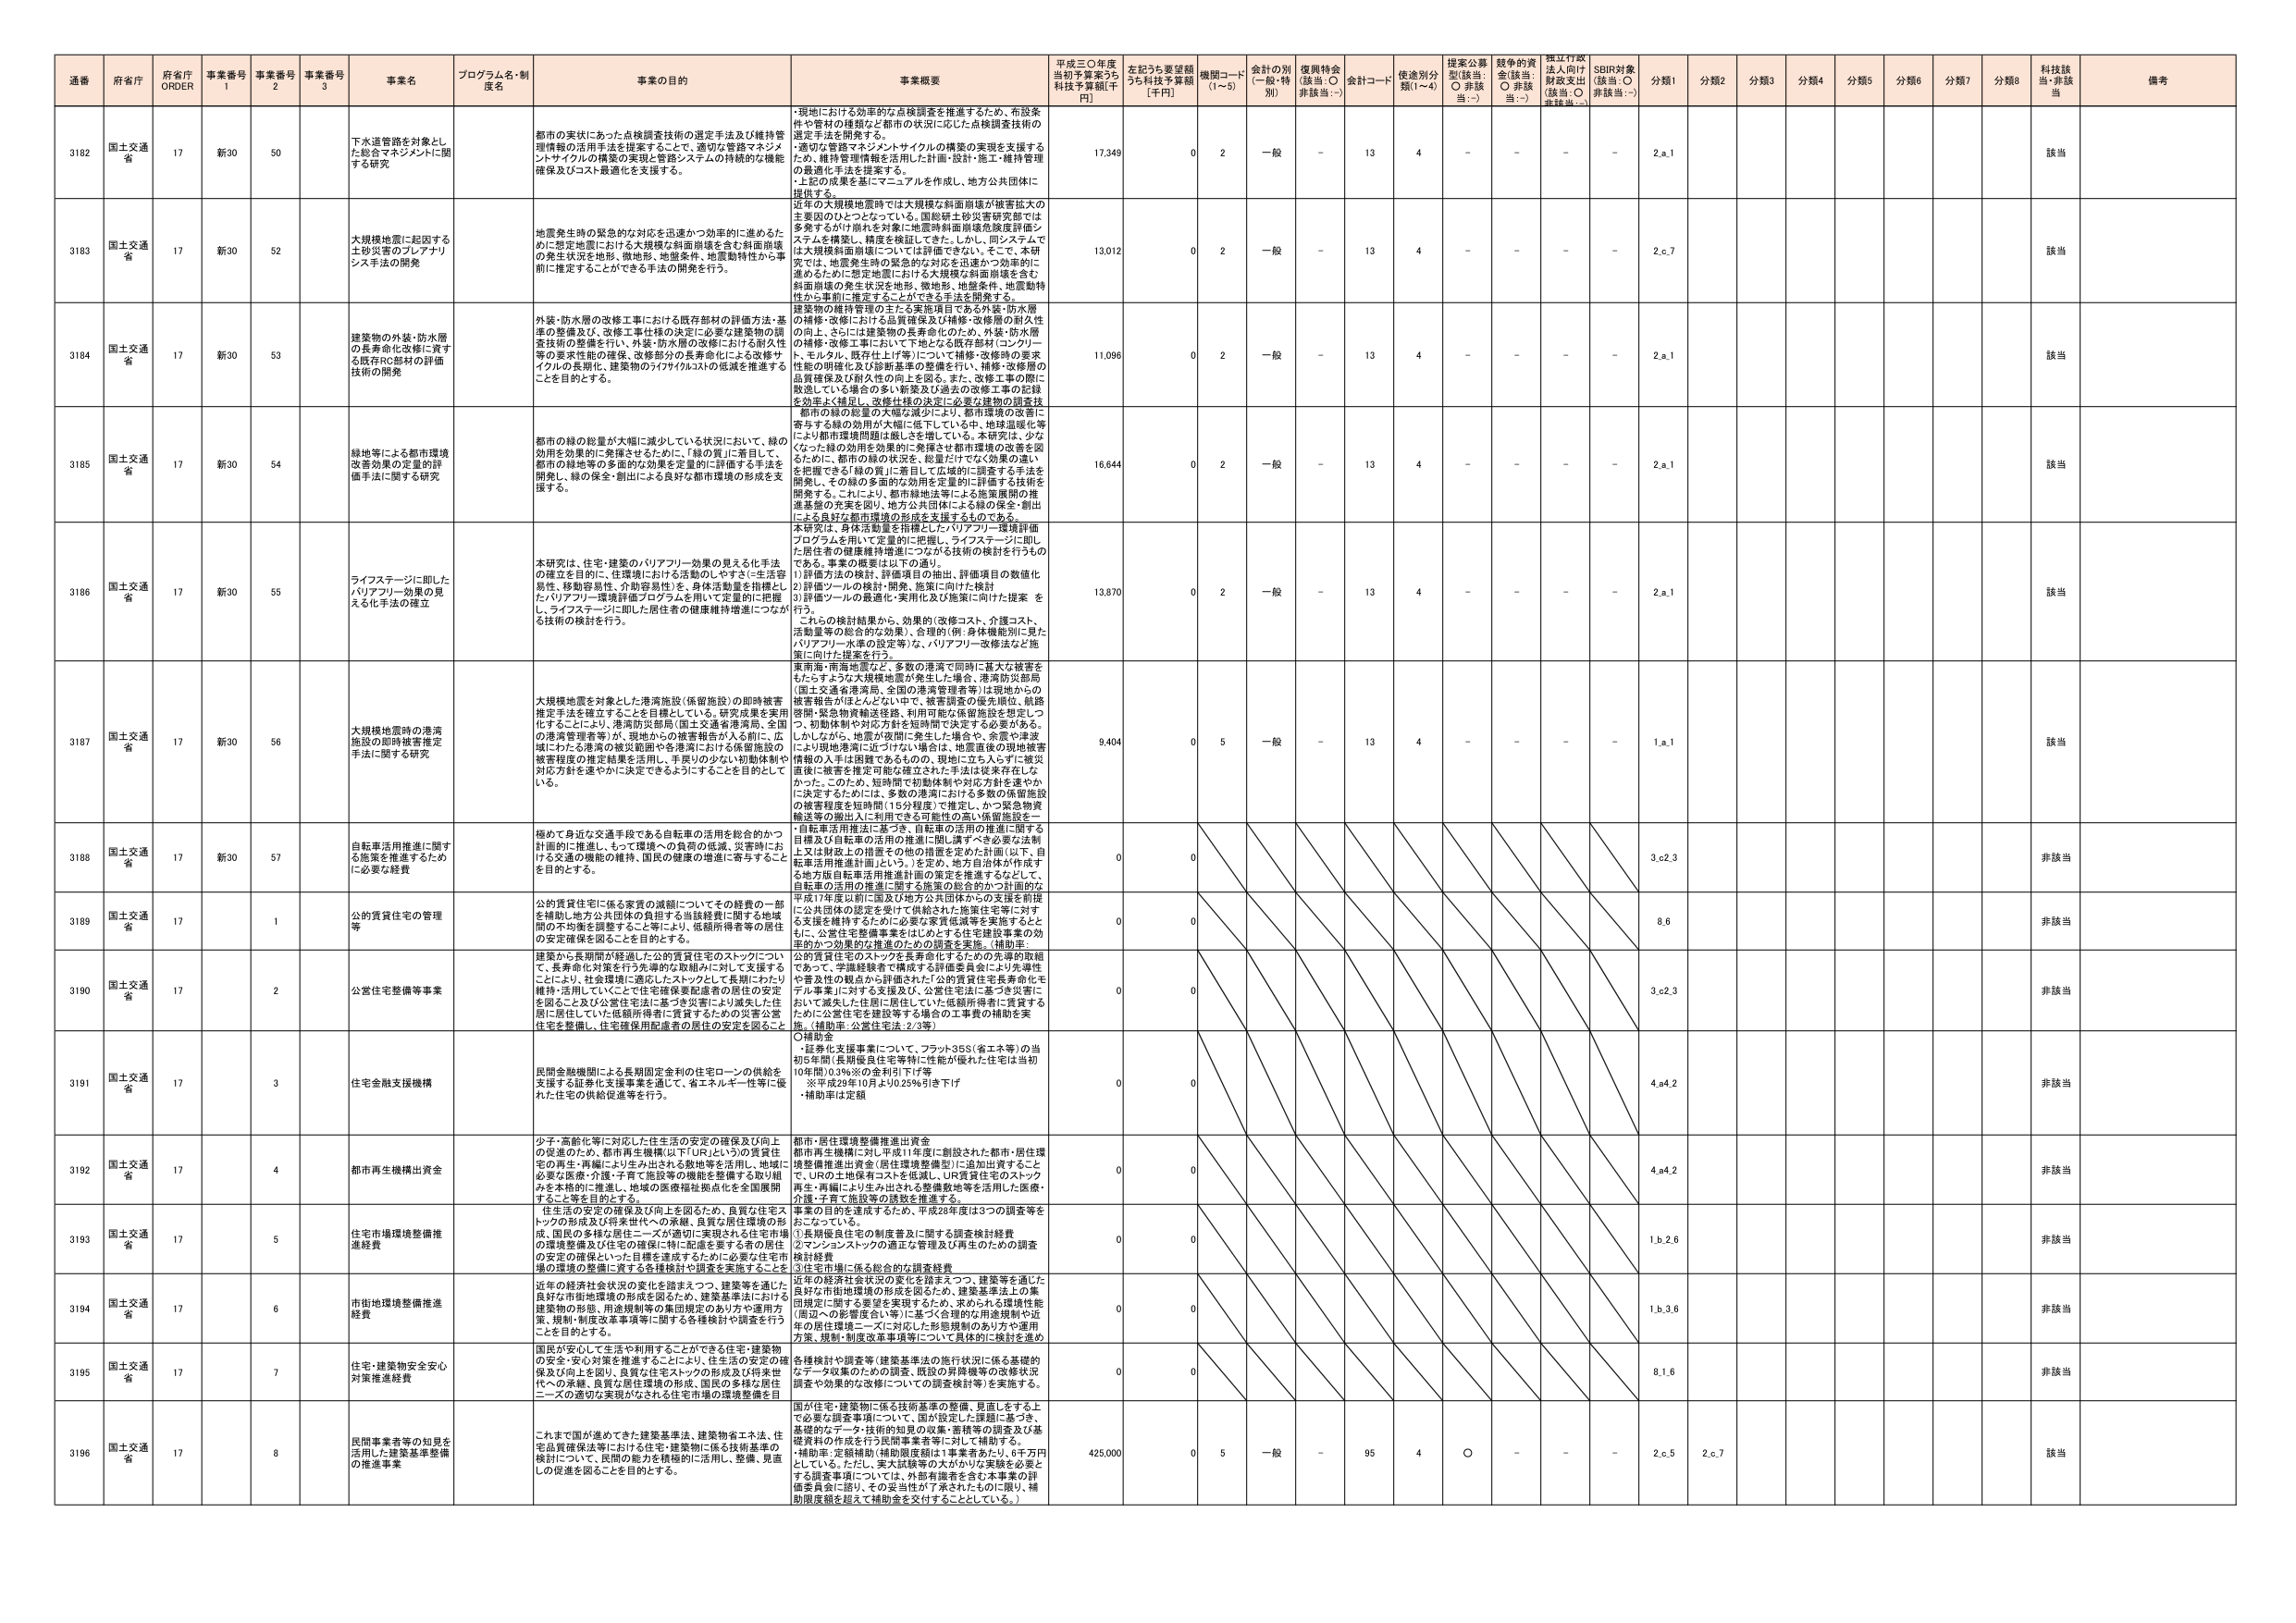
通番 府省庁 府省庁 ORDER 事業番号 1 事業番号 2 事業番号 3 事業名 プログラム名・制度名 事業の目的 事業概要 平成三〇年度当初予算案うち補正予算額[千円] 左記うち要望額うち補正予算額[千円] 機関コード(1～5) 会計の別(一般・特別) 復興特会(該当:○ 非該当:－) 会計コード 使途別分類(1～4) 提案公募型(該当:○ 非該当:－) 競争的資金(該当:○ 非該当:－) 指定行政法人向け財政支出(該当:○ 非該当:－) SDBI対象(該当:○ 非該当:－) 分類1 分類2 分類3 分類4 分類5 分類6 分類7 分類8 科技該当・非該当 備考

3182 国土交通省 17 新30 50 下水道管路を対象とした総合マネジメントに関する研究 都市の実状にあった点検調査技術の選定手法及び維持管理情報の活用手法を提案することで、適切な管路マネジメント・サイクルの構築の実現と管路システムの持続的な機能確保及びコスト最適化を支援する。 ・現地における効率的な点検調査を推進するため、布設条件や管材の種類など都市の状況に応じた点検調査技術の選定手法を開発する。 ・適切な管路マネジメントサイクルの構築の実現を支援するため、維持管理情報を活用した計画・設計・施工・維持管理の最適化手法を提案する。 ・上記の成果を基にマニュアルを作成し、地方公共団体に提供する。 17,349 0 2 一般 － 13 4 － － － － 2.a.1 該当

3183 国土交通省 17 新30 52 大規模地震に起因する土砂災害のプレパラレンス手法の開発 地震発生時の緊急的な対応を迅速かつ効率的に進めるために想定地震における大規模な斜面崩壊を含む斜面崩壊の発生状況を地形、微地形、地盤条件、地震動特性から事前に推定することができる手法の開発を行う。 ・近年の大規模地震時には大規模な斜面崩壊が被害拡大の主要因のひとつとなっている。国総研土砂災害研究部では多発するがけ崩れを対象に地震時斜面崩壊危険度評価システムを構築し、精度を検証してきた。しかし、同システムでは大規模斜面崩壊について十分に評価できていない。そこで、本研究では、地震発生時の緊急的な対応を迅速かつ効率的に進めるために想定地震における大規模な斜面崩壊を含む斜面崩壊の発生状況を地形、微地形、地盤条件、地震動特性から事前に推定することができる手法を開発する。 13,012 0 2 一般 － 13 4 － － － － 2.c.7 該当

3184 国土交通省 17 新30 53 建築物の外装・防水層の長寿命化改修に資する既存RCS部材の評価技術の開発 外装・防水層の改修工事における既存部材の評価方法・基準の整備及び、改修工事仕様の決定に必要な建築物の調査技術の整備を行い、外装・防水層の改修における耐久性等の要求性能の確保、改修部分の長寿命化による改修サイクルの長期化、建築物のライフサイクルの低減を推進することを目的とする。 ・建築物の維持管理の主たる実施項目である外装・防水層の補修・改修における品質確保及び補修・改修層の耐久性の向上、さらには建築物の長寿命化のため、外装・防水層の補修・改修工事において下地となる既存部材（コンクリート、モルタル、既存仕上げ等）について補修・改修時の要求性能の明確化及び診断基準の整備を行い、補修・改修層の品質確保及び耐久性の向上を図る。また、改修工事の際に敗退している場合の多い新築及び過去の改修工事の記録を効率よく補足し、改修仕様の決定に必要な建築物の調査技術を整備する。 11,096 0 2 一般 － 13 4 － － － － 2.a.1 該当

3185 国土交通省 17 新30 54 緑地等による都市環境改善効果の定量的評価手法に関する研究 都市の緑の総量が大幅に減少している状況において、緑の効用を効果的に発揮させるために、「緑の質」に着目して、都市の緑地等の多面的な効果を定量的に評価する手法を開発し、緑の保全・創出による良好な都市環境の形成を支援する。 ・都市の緑の総量の大幅な減少により、都市環境の改善に寄与する緑の効用が大幅に低下している中、地球温暖化等により都市環境問題は厳しさを増している。本研究は、少なくなった緑の効用を効果的に発揮させ都市環境の改善を図るために、都市の緑の状況を、総量だけでなく効果の違いを把握する「緑の質」に着目して定量的に調査する手法を開発し、その緑の多面的な効用を定量的に評価する技術を開発する。これにより、都市緑地法等による施策展開の推進基盤の充実を図り、地方公共団体による緑の保全・創出による良好な都市環境の形成を支援するものである。 16,644 0 2 一般 － 13 4 － － － － 2.a.1 該当

3186 国土交通省 17 新30 55 ライフステージに即したバリアフリー効果の見える化手法の確立 本研究は、住宅・建築のバリアフリー効果の見える化手法の確立を目的に、住環境における活動のしやすさ（生活容易性、移動容易性、介助容易性）を、身体活動量を指標とし、バリアフリー環境評価プログラムを用いて定量的に把握し、ライフステージに即した居住者の健康維持増進につながる技術の検討を行う。 ・本研究は、身体活動量を指標としたバリアフリー環境評価プログラムを用いて定量的に把握し、ライフステージに即した居住者の健康維持増進につながる技術の検討を行うものである。事業の概要は以下の通り。 1) 評価方法の検討、評価項目の抽出、評価項目の数値化 2) 評価ツールの検討・開発、施策に向けた検討 3) 評価ツールの最適化・実用化及び施策に向けた提案 を行う。 ・これらの検討結果から、効果的（改修コスト、介護コスト、活動量等の総合的な効果）、合理的（例：身体機能別に見たバリアフリー水準の設定等）な、バリアフリー改修法など施策に向けた提案を行う。 13,870 0 2 一般 － 13 4 － － － － 2.a.1 該当

3187 国土交通省 17 新30 56 大規模地震時の港湾施設の即時被害推定手法に関する研究 大規模地震を対象とした港湾施設（保留施設）の即時被害推定手法を確立することを目標としている。研究成果を実用化することにより、港湾防災部局（国土交通省港湾局、全国の港湾管理者等）は現地からの被害報告がほとんどない中で、被害調査の優先順位、航路啓開・緊急物資輸送経路、利用可能な保留施設を想定しつつ、初期体制での対応方針を即時可に決定する必要がある。しかし、現在、地震が実際に発生した場合や、余震が津波により現地港湾に近づけない場合は、地震直後の現地被害情報の入手は困難であるものの、現地に立ち入らずに被災直後に被害を推定可能な確立された手法は従来存在しなかった。このため、短期間で初期体制や対応方針を速やかに決定するためには、多数の港湾における多数の保留施設の被害程度を短時間（15分程度）で推定し、かつ緊急物資輸送等の搬出入に利用できる可能性の高い保留施設を一覧で把握する必要がある。 9,404 0 5 一般 － 13 4 － － － － 1.a.1 該当

3188 国土交通省 17 新30 57 自転車活用推進に関する施策を推進するために必要な経費 極めて身近な交通手段である自転車の活用を総合的かつ計画的に推進し、もっと環境への負荷の低減、災害時における交通の機能の維持、国民の健康の増進に寄与することを目的とする。 ・自転車活用推進に基づき、自転車の活用の推進に関する目標及び自転車の活用の推進に関し講ずべき必要な法制上又は財政上の措置その他の措置を定めた計画（以下、自転車活用推進計画という。）を定め、地方自治体が作成する地方版自転車活用推進計画の策定を推進するなどして、自転車の活用の推進に関する施策の総合的かつ計画的な推進を図る。 0 0 非該当

3189 国土交通省 17 1 公的賃貸住宅の管理等 公的賃貸住宅に係る家賃の減額についてその経費の一部を補助し、地方公共団体の負担する当該経費に関する地域間の不均衡を調整すること等により、低額所得者等の居住の安定確保を図ることを目的とする。 ・平成17年度以前に国及び地方公共団体からの支援を前提に公共団体の認定を受けて供給された施設住宅等に対する支援を維持するために必要な家賃低減等を実施するとともに、公営住宅整備事業をはじめとする住宅建設事業の効率的かつ効果的な推進のための調査を実施。（補助率：公的賃貸住宅のストックを寿命化するための先導的取組であって、学識経験者で構成する評価委員会により先導性や普及性の観点から評価された「公的賃貸住宅長寿命化モデル事業」に対する支援及び、公営住宅法に基づき新たに設立された低額所得者に賃貸するための公営住宅を建設等する場合の工事費の補助を実施。（補助率：公営住宅法：2/3等） 0 0 非該当

3190 国土交通省 17 2 公営住宅整備等事業 建築から長期間が経過した公的賃貸住宅のストックについて、長寿命化対策を行う先導的な取組みに対して支援することにより、社会環境に適応したストックとして長期にわたり維持・活用していくことで住宅確保要配慮者の居住の安定を図ること及び公営住宅法に基づき新たに形成された公営住宅に居住していた低額所得者に賃貸するための災害公営住宅を整備し、住宅確保用配慮者の居住の安定を図ること。 0 0 非該当

3191 国土交通省 17 3 住宅金融支援機構 民間金融機関による長期固定金利の住宅ローンの供給を支援する証券化支援事業を通じて、省エネルギー性等に優れた住宅の供給促進等を行う。 ○補助金 ・証券化支援事業について、フラット35S（省エネ等）の当初5年間（長期優良住宅等特に性能が優れた住宅は当初10年間）0.3％※の金利引下げ等 ※平成29年10月より0.25％引き下げ ・補助率は定額 0 0 非該当

3192 国土交通省 17 4 都市再生機構出資金 少子・高齢化等に対応した住生活の安定の確保及び向上の促進のため、都市再生機構（以下URという）の賃貸住宅の再生・再編により生み出される敷地等を活用し、地域に必要な医療・介護・子育て施設等の機能を整備する取り組みを本格的に推進し、地域の医療福祉拠点を全国展開すること等を目的とする。 都市・居住環境整備推進出資金 都市再生機構に対し平成11年度に創設された都市・居住環境整備推進出資金（追加増資費等）に追加出資すること で、URの土地保有コストを低減し、UR賃貸住宅のストック再生・再編により生み出される整備敷地等を活用した医療・介護・子育て施設等の誘致を推進する。 0 0 非該当

3193 国土交通省 17 5 住宅市場環境整備推進費 住生活の安定の確保及び向上を図るため、良質な住宅ストックの形成及び将来世代への承継、良質な居住環境の形成、国民の多様な居住ニーズが適切に実現される住宅市場の環境整備及び住宅の確保に特に配慮を要する者の居住の安定の確保といった目標を達成するために必要な住宅市場の環境の整備に関する各種検討や調査を実施することを目的とする。 事業の目的を達成するため、平成28年度は3つの調査等を行なっている。 ①長期優良住宅の制度普及に関する調査検討経費 ②マンションストックの適正な管理及び再生のための調査検討経費 ③住宅市場に係る総合的な調査経費 0 0 非該当

3194 国土交通省 17 6 市街地環境整備推進経費 近年の経済社会状況の変化を踏まえつつ、建築等を通じた良好な市街地環境の形成を図るため、建築基準法における建築物の形態、用途規制等の集団規定のあり方や運用方策、規制・制度改革事項等に関する各種検討や調査を行うことを目的とする。 近年の経済社会状況の変化を踏まえつつ、建築等を通じた良好な市街地環境の形成を図るため、建築基準法上の集団規定に関する要望を実現するため、求められる規制性態（周辺への影響度合い等）に基づく合理的な用途規制や近隣の居住環境ニーズに対応した形態規制のあり方や運用方策、規制・制度改革事項等について具体的に検討を進め 0 0 非該当

3195 国土交通省 17 7 住宅・建築物安全安心対策推進経費 国民が安心して生活や利用することができる住宅・建築物の安全・安心対策を推進することにより、住宅生活の安定の確保及び向上を図り、良質な住宅ストック形成はもとより、将来世代への承継、良質な居住環境の形成、国民の多様な居住ニーズの適切な実現がなされる住宅市場の環境整備を目 各種検討や調査等（建築基準法の施行状況に係る基礎的データ収集のための調査、既設の耐震構造の改修状況調査や効果的な改修についての調査検討等）を実施する。 0 0 非該当

3196 国土交通省 17 8 民間事業者等の知見を活用した建築基準整備の推進事業 これまで国が進めてきた建築基準法、建築物省エネ法、住宅品質確保法等における住宅・建築物に係る技術基準の検討について、民間の能力を積極的に活用し、整備・見直しの促進を図ることを目的とする。 国が住宅・建築物に係る技術基準の整備、見直しをする上で必要な調査事項について、国が設定した課題に基づき、基礎的データ・技術的知見の収集、整備等の調査及び基盤資料の作成を行う民間事業者等に対して補助する。 ・補助率：定額補助（補助限度額は1事業者あたり、6千万円としている。ただし、実大試験等の大きかねる実験を必要とする調査事項については、外部有識者を含む本事業の評価委員会に諮り、その妥当性が了承されたものに限り、補助限度額を超えて補助金を交付することとしている。） 425,000 0 5 一般 － 95 4 ○ － － － 2.c.5 2.c.7 該当